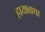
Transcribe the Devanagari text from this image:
हायावाथा